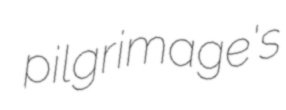
pilgrimage's